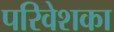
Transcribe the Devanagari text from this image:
परिवेशका